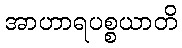
အာဟာရပစ္စယာတိ